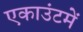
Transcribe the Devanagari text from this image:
एकाउंटमें